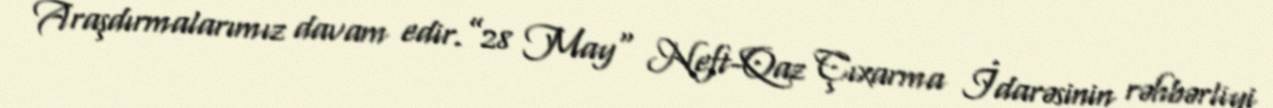
Araşdırmalarımız davam edir.”28 May" Neft-Qaz Çıxarma İdarəsinin rəhbərliyi